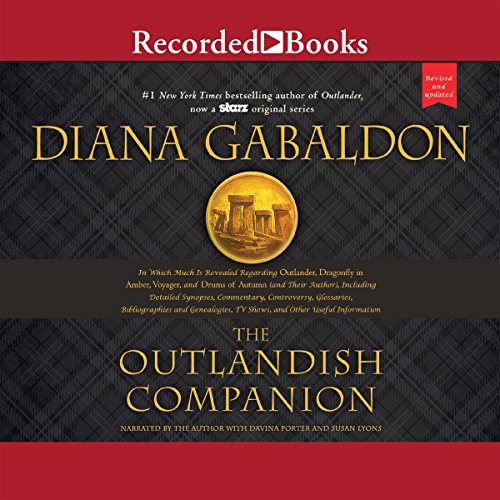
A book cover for The Outlandish Companion (Revised and Updated): Companion to Outlander, Dragonfly in Amber, Voyager, and Drums of Autumn; Diana Gabaldon; Science Fiction & Fantasy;